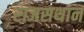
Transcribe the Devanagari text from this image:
राजसथान